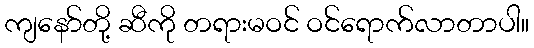
ကျနော်တို့ ဆီကို တရားမဝင် ဝင်ရောက်လာတာပါ။